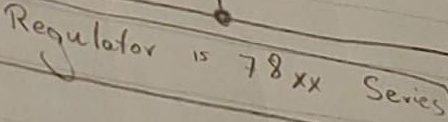
Text: Regulator is 78xx Series